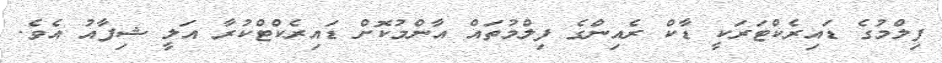
ފިލްމުގެ ޑައިރެކްޓަރަކީ ޑާކް ރެއިންގެ ފިލްމުތައް އާންމުކޮށް ޑައިރެކްޓްކުރާ އަލީ ޝިފާއު އެވެ.